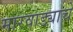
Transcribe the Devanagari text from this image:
मारवाड्याचे